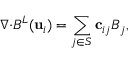
\boldsymbol { \nabla } { \cdot } \boldsymbol { B } ^ { L } ( \mathbf { u } _ { i } ) = \sum _ { j \in S } \mathbf { c } _ { i j } \boldsymbol { B } _ { j } ,